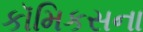
કૉમિકસના